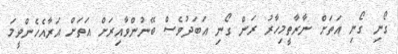
ގޯނި ގޯނި އަތަށް ނާރާތީމިހާރު ރަން ގޯނި އަބަދުވެސް ބޭނުންވާއިރަށް އަތަށް އަރާއެހެންވީމަ